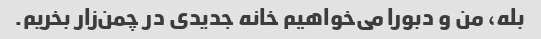
بله، من و دبورا می‌خواهیم خانه جدیدی در چمن‌زار بخریم.